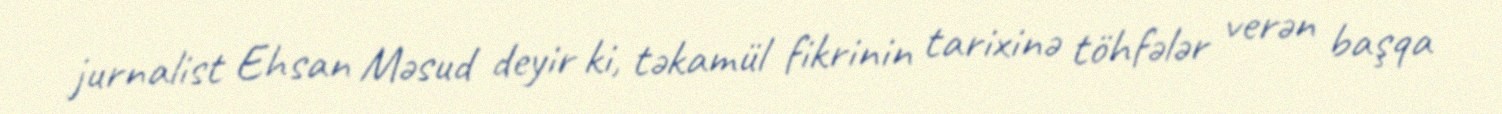
jurnalist Ehsan Məsud deyir ki, təkamül fikrinin tarixinə töhfələr verən başqa